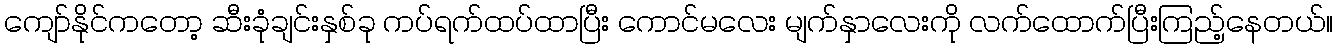
ကျော်နိုင်ကတော့ ဆီးခုံချင်းနှစ်ခု ကပ်ရက်ထပ်ထာပြီး ကောင်မလေး မျက်နှာလေးကို လက်ထောက်ပြီးကြည့်နေတယ်။